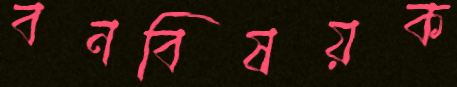
বনবিষয়ক